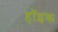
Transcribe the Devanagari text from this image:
हॉइक